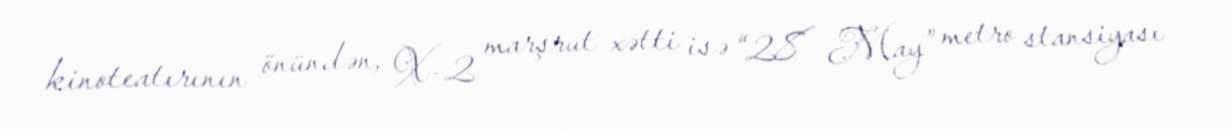
kinoteatırının önündən, X-2 marşrut xətti isə “28 May” metro stansiyası